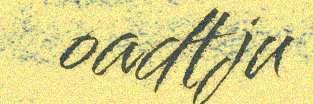
oadtju